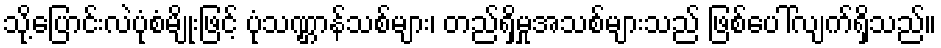
သို့ပြောင်းလဲပုံစံမျိုးဖြင့် ပုံသဏ္ဌာန်သစ်များ၊ တည်ရှိမှုအသစ်များသည် ဖြစ်ပေါ်လျက်ရှိသည်။